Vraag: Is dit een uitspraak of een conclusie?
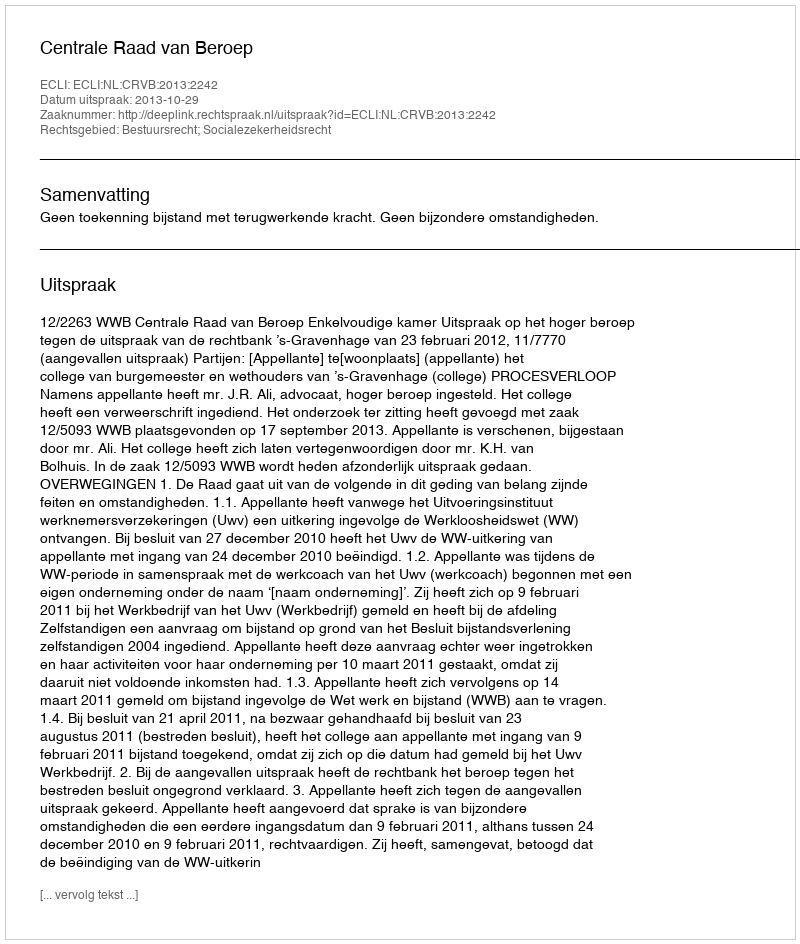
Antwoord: Uitspraak